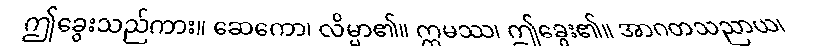
ဤခွေးသည်ကား။ ဆေကော၊ လိမ္မာ၏။ ဣမဿ၊ ဤခွေး၏။ အာဂတသညာယ၊